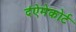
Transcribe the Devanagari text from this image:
द॑ऐमेकोर्ट